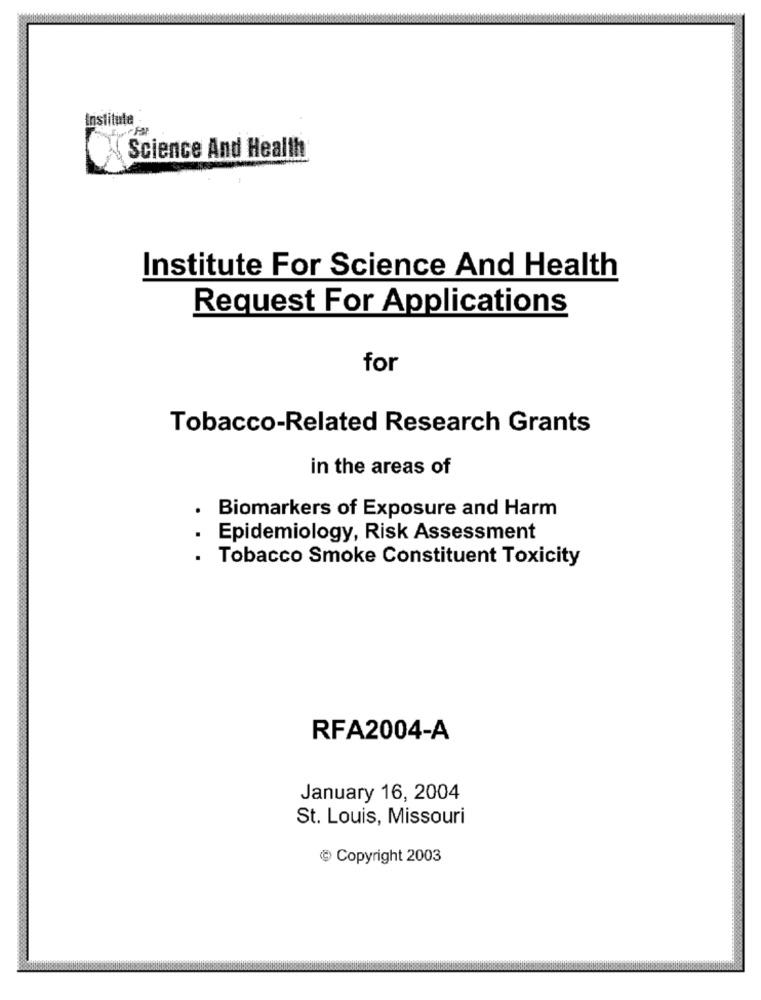
Institute
Science And Health
Institute For Science And Health
Request For Applications
for
Tobacco-Related Research Grants
in the areas of
Biomarkers of Exposure and Harm
Epidemiology, Risk Assessment
Tobacco Smoke Constituent Toxicity
RFA2004-A
January 16, 2004
St. Louis, Missouri
Copyright 2003